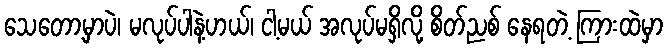
သေတော့မှာပဲ၊ မလုပ်ပါနဲ့ဟယ်၊ ငါ့မယ် အလုပ်မရှိလို့ စိတ်ညစ် နေရတဲ့ ကြားထဲမှာ